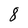
Character: 8